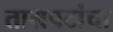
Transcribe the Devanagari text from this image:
ताम्रपटांचा